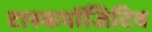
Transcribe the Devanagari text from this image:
टास्कपॉजिटिव